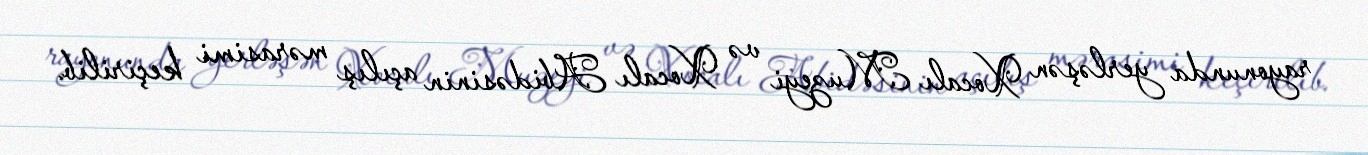
rayonunda yerləşən Xocalı Muzeyi və Xocalı Abidəsinin açılış mərasimi keçirilib.